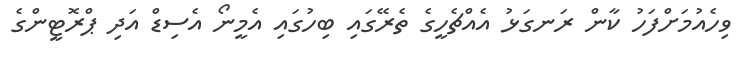
ވިހެއުމަށްފަހު ކާން ރަނގަޅު އެއްޗެހީގެ ތެރޭގައި ބިހުގައި އެމީނޯ އެސިޑް އަދި ޕްރޮޓީންގެ